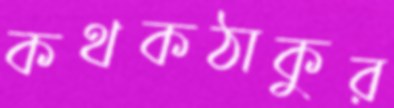
কথকঠাকুর